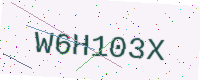
Text: W6H103X